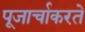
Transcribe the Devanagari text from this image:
पूजार्चाकरते